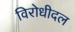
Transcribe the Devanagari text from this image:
विरोधीदल